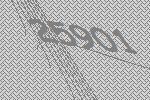
25901